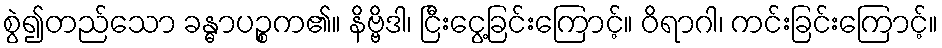
စွဲ၍တည်သော ခန္ဓာပဉ္စက၏။ နိဗ္ဗိဒါ၊ ငြီးငွေ့ခြင်းကြောင့်။ ဝိရာဂါ၊ ကင်းခြင်းကြောင့်။